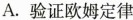
A.验证欧姆定律